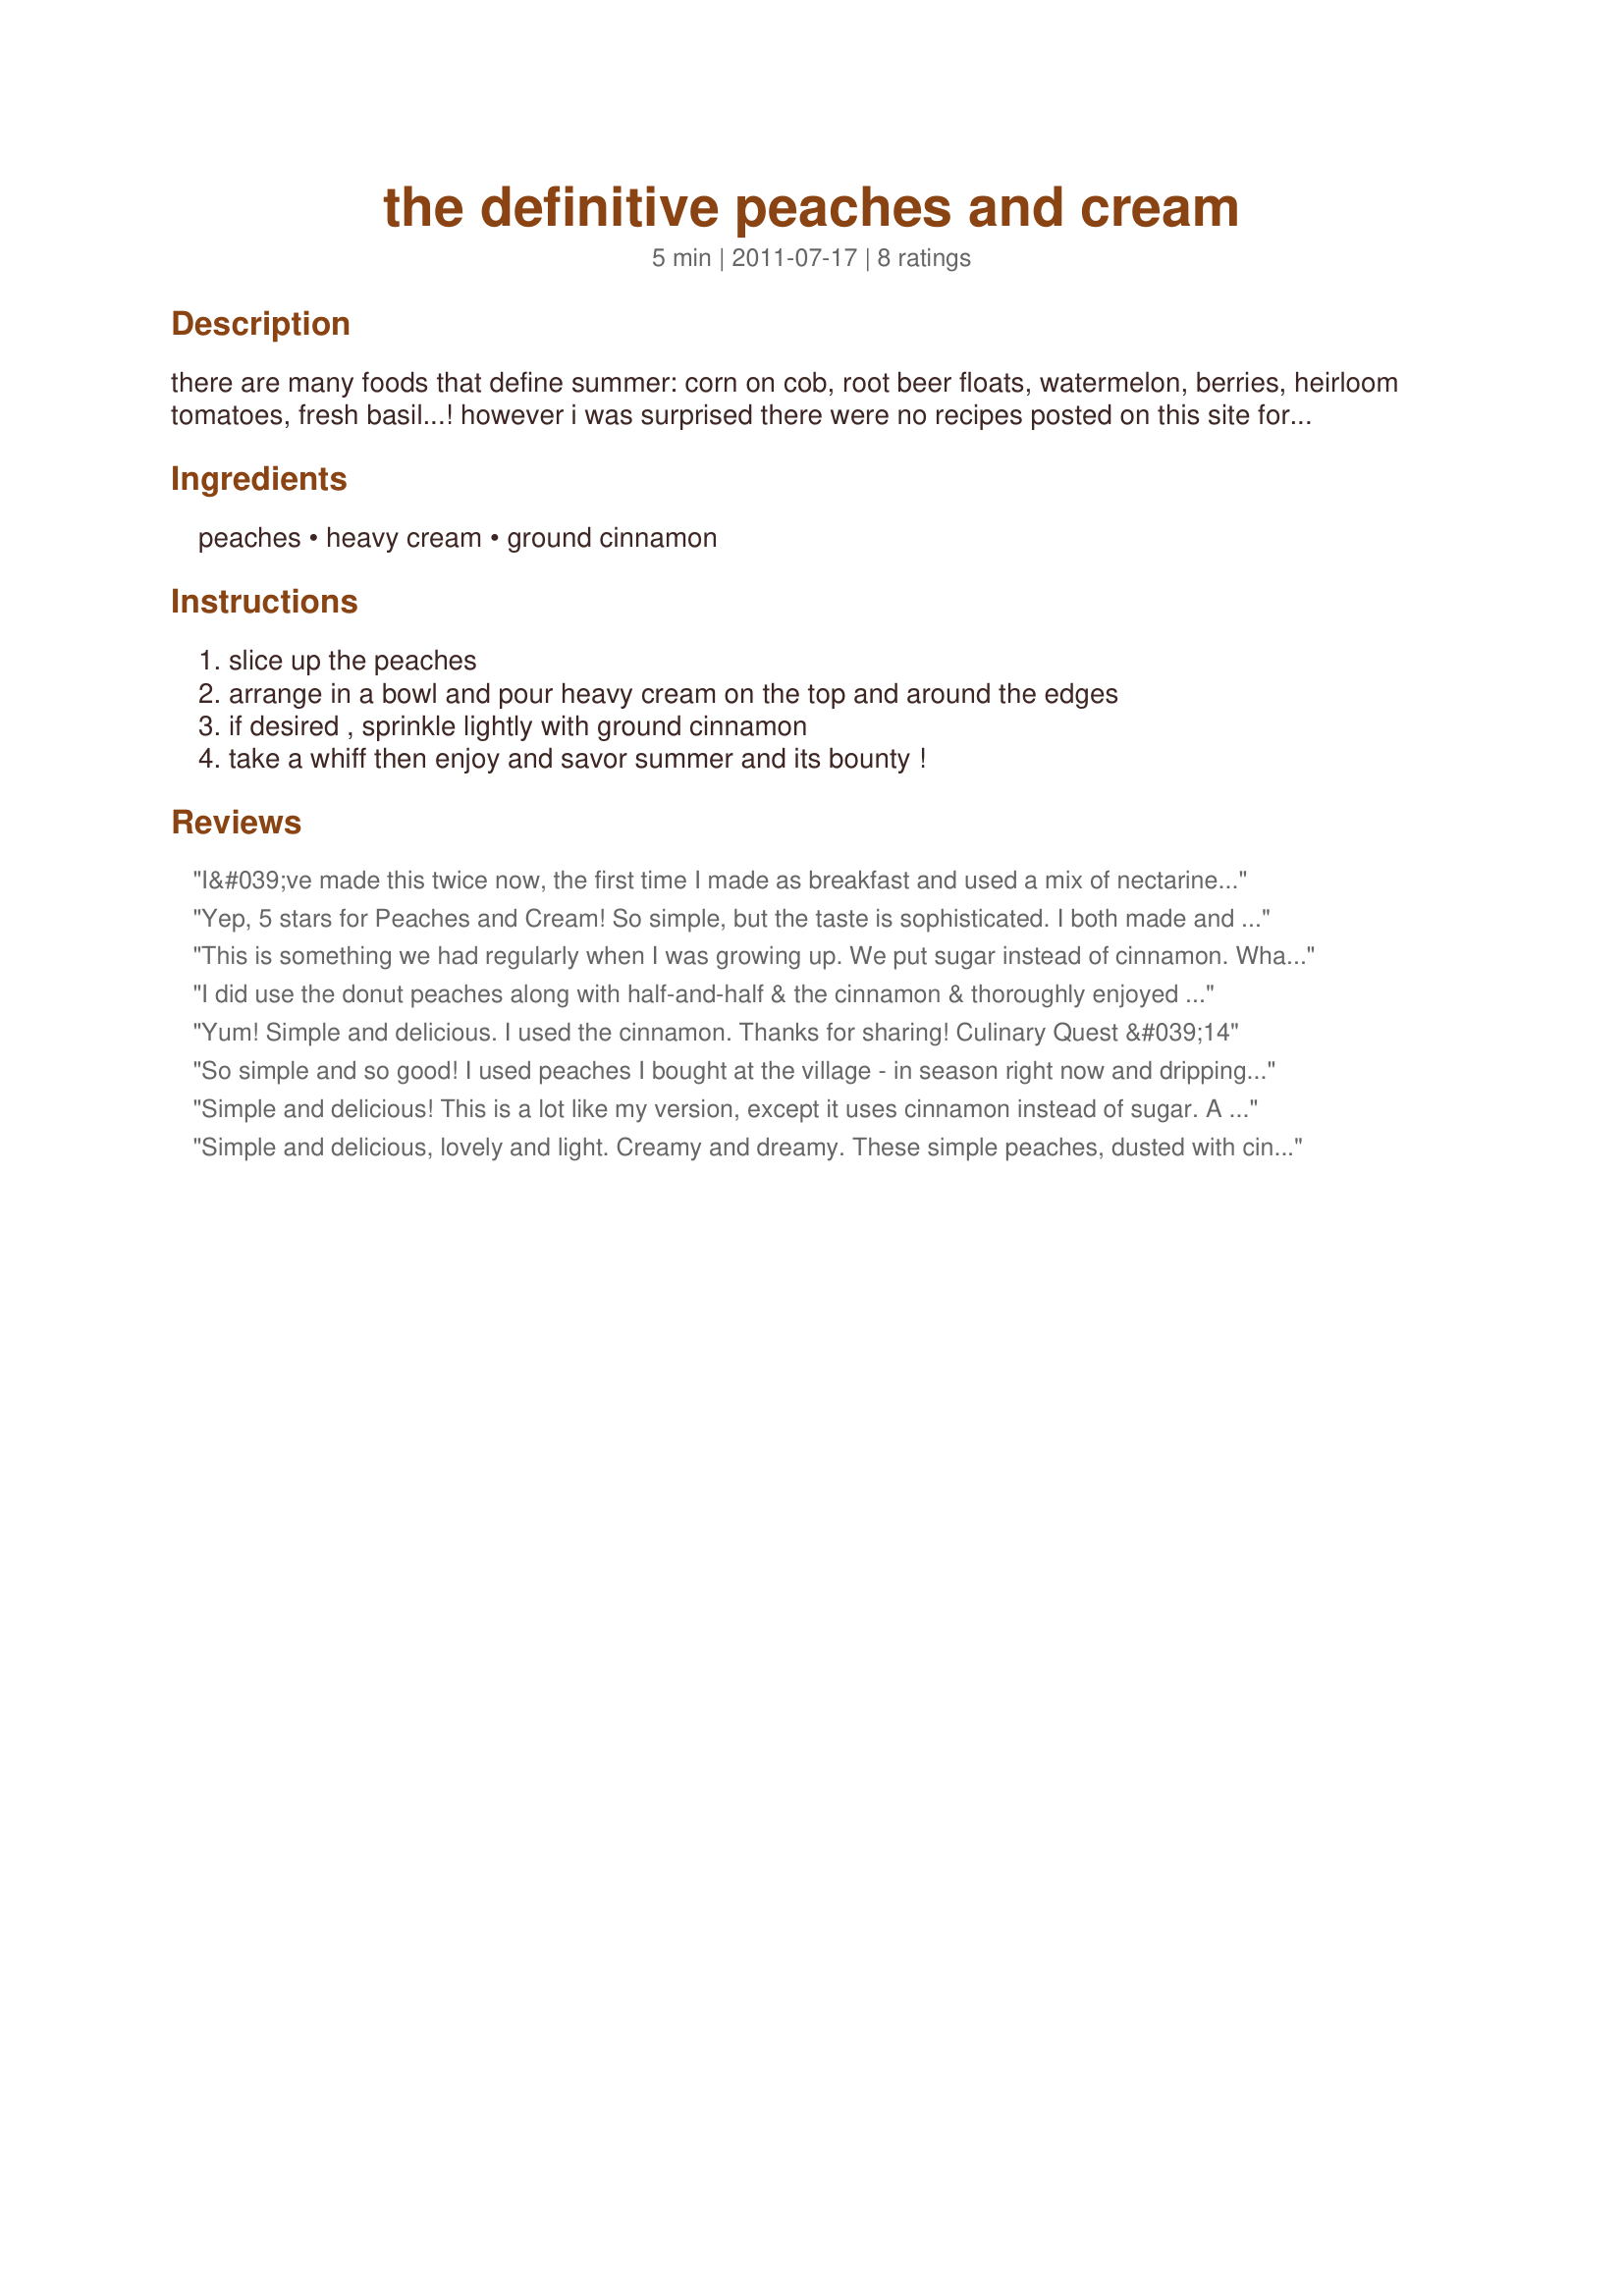
the definitive peaches and cream
Preparation time: 5 minutes

there are many foods that define summer: corn on cob, root beer floats, watermelon, berries, heirloom tomatoes, fresh basil...! however i was surprised there were no recipes posted on this site for simple peaches and cream! here's a quick dessert/snack/breakfast item sure to please young and old alike. no extra sugar was added in order to take advantage of and to appreciate the natural sweetness of the peaches. i like to use doughnut peaches (also known as 'saucer' and 'ufo' peaches) but any variety will work. if the skin really bothers you, go ahead and peel the peach-i understand. nectarines are really delicious prepared this way, too!

Ingredients:
peaches, heavy cream, ground cinnamon

Steps:
slice up the peaches, arrange in a bowl and pour heavy cream on the top and around the edges, if desired , sprinkle lightly with ground cinnamon, take a whiff then enjoy and savor summer and its bounty !

Reviews:
I&#039;ve made this twice now, the first time I made as breakfast and used a mix of nectarines and peaches and served with French vanilla yoghurt instead of cream and have served as dessert just using the peaches and thickened cream with a sprinkle of cinnamon and thoroughly enjoyed both, so clean and fresh, thank you Cookgirl , made for Make My Recipe tag game.
Yep, 5 stars for Peaches and Cream! So simple, but the taste is sophisticated. I both made and ate this in about 5 minutes. You might think of it as &quot;deconstructed peach Ice cream&quot; and that makes it so much more than just fruit with milk! Thanks Cookgirl! Made for Cuinary Quest 2014
This is something we had regularly when I was growing up. We put sugar instead of cinnamon. What a delicious and easy dessert. Made for Culinary Quest 2014.
I did use the donut peaches along with half-and-half & the cinnamon & thoroughly enjoyed this wonderful treat! Don't think I've ever made anything with this kind of peaches, but it definitely is a satisfying addition to the table! Many thanks! [Made & reviewed in New Kids on the Block recipe tag]
Yum! Simple and delicious. I used the cinnamon. Thanks for sharing! Culinary Quest &#039;14
So simple and so good! I used peaches I bought at the village - in season right now and dripping with juice! Just a drop of vanilla extract in the cream and a dusting of cinnamon. Great easy dessert.
Simple and delicious! This is a lot like my version, except it uses cinnamon instead of sugar. A bit healthier and just a tasty! Thank you. Made for the International Agents of QUEST for USA Southern region.
Simple and delicious, lovely and light. Creamy and dreamy. These simple peaches, dusted with cinnamon and drizzled in cream were wonder. It was so quick and easy to make. I can&#039;t wait to try this with Niagara Peaches. Mine weren&#039;t quite sweet enough. I will be making this again often. Thank you so much for sharing. Made for Culinary Quest.
